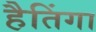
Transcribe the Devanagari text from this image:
हैतिंगा